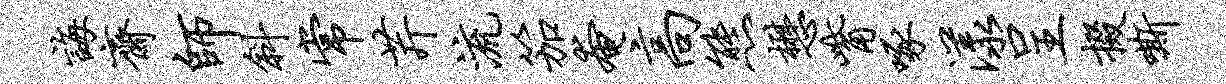
诲斋师斜常芹流笳奄高熊懋觜啄漾呈掇嘶